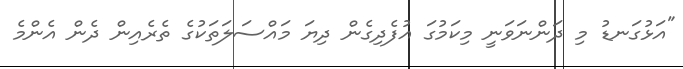
"އަޅުގަނޑު މި ދަންނަވަނީ މިކަމުގަ އުފެދިގެން ދިޔަ މައްސަލަތަކުގެ ތެރެއިން ދެން އެންމެ